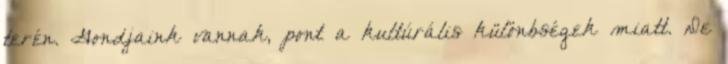
terén. Gondjaink vannak, pont a kultúrális különbségek miatt. De